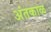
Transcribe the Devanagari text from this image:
अंतकाळ